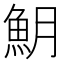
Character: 𩵺